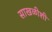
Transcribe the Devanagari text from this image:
साखळीशी